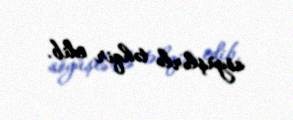
söyüşlərlə təhqir edib.